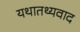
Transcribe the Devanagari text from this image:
यथातथ्यवाद